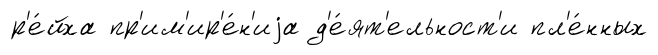
р'е́йха пр'им'ир'е́н'иjа д'е́ят'ельност'и пл'е́нных